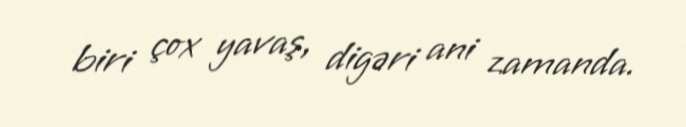
biri çox yavaş, digəri ani zamanda.